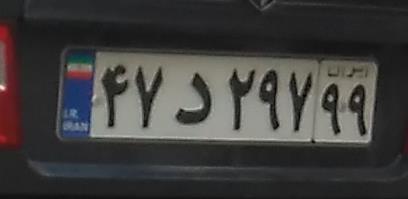
۴۷د۲۹۷۹۹